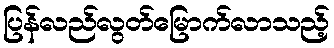
ပြန်လည်လွတ်မြောက်လာသည့်